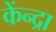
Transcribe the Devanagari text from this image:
केंन्द्रा